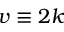
v \equiv 2 k